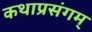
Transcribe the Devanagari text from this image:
कथाप्रसंगम्